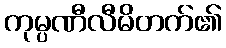
ကုမ္ပဏီလီမိတက်၏